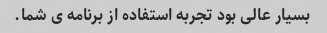
بسیار عالی بود تجربه استفاده از برنامه ى شما.